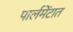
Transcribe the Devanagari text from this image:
पार्लमेंटात